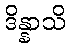
ဒိန္နာသိ